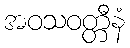
အဝသဝတ္တီနံ